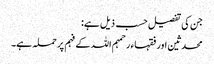
جن کی تفصیل حسب ذیل ہے:
محدثین اور فقہاء رحمہم اللہ کے فہم پر حملہ ہے۔